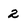
Character: 2